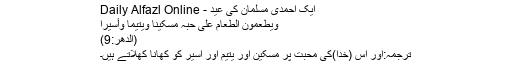
ایک احمدی مسلمان کی عید - Daily Alfazl Online
وَیُطْعِمُوْنَ الطَّعَامَ عَلٰی حُبِّہٖ مِسْکِیْنًا وَّیَتِیْمًا وَّأَسِیْرًا
(الدّھر:9)
ترجمہ:اور اُس (خدا)کی محبت پر مسکین اور یتیم اور اسیر کو کھانا کھلاتے ہیں۔